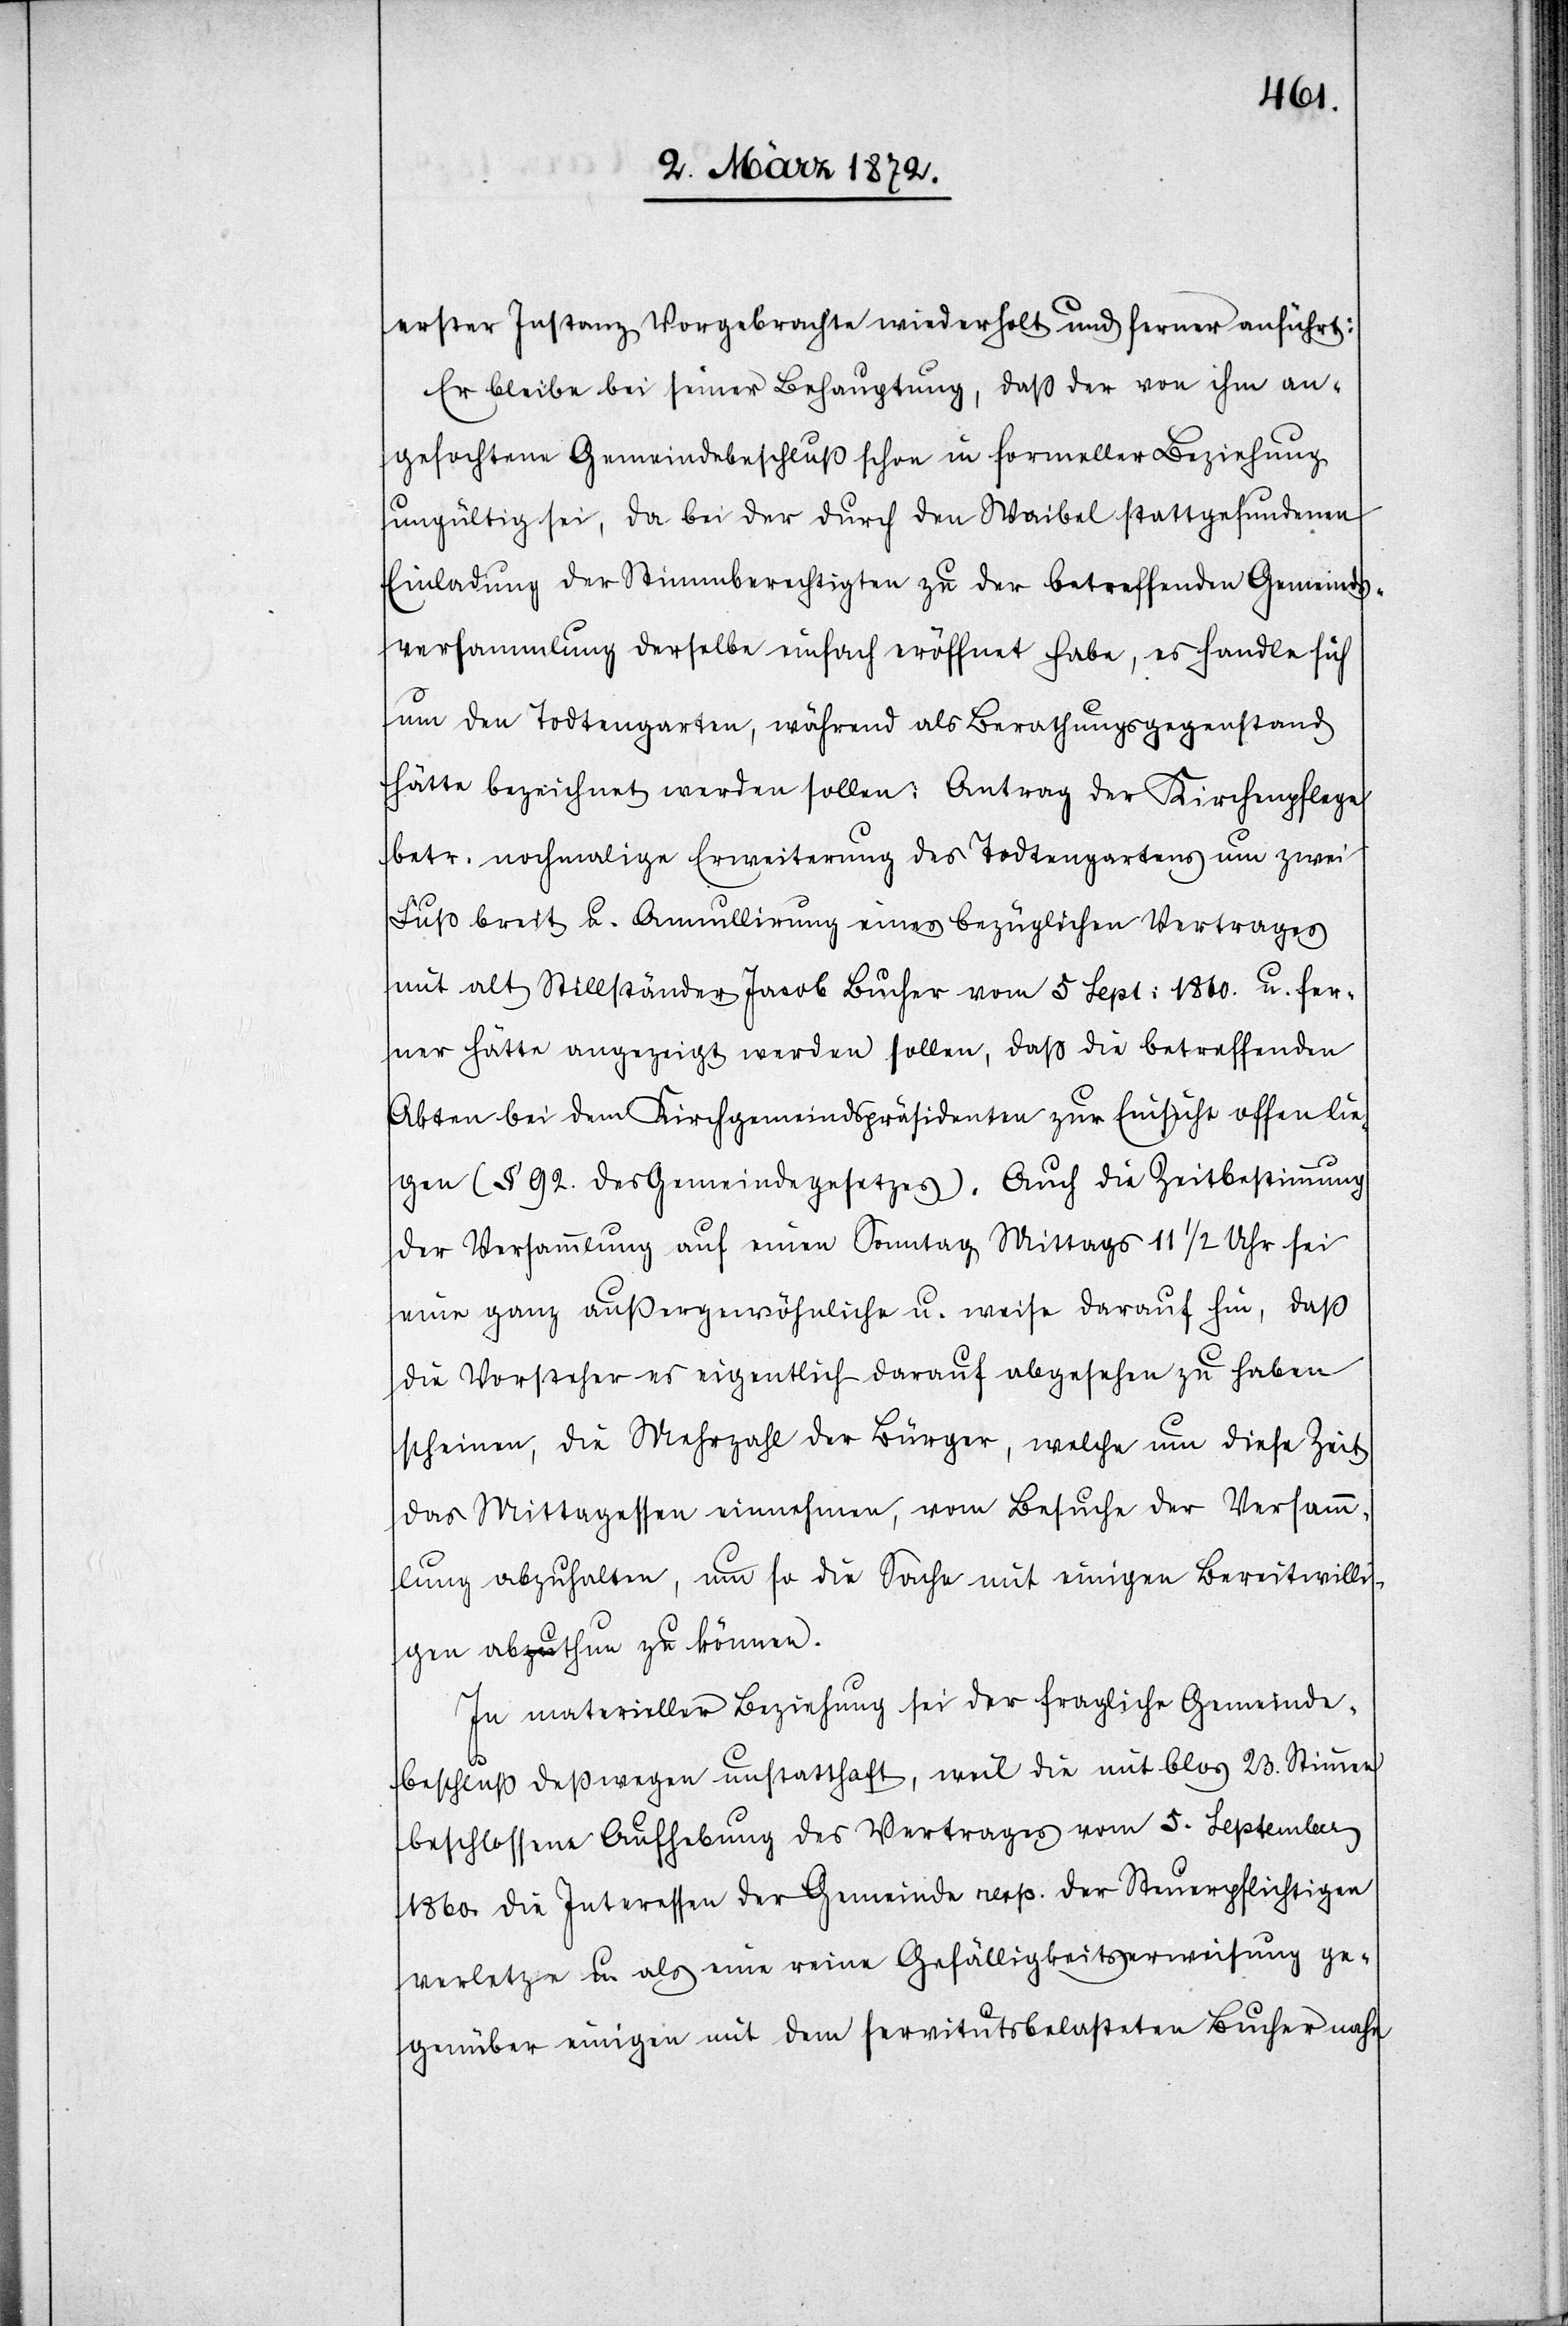
erster Instanz Vorgebrachte wiederholt und ferner anführt:
Er bleibe bei seiner Behauptung, daß der von ihm an¬
gefochtene Gemeindebeschluß schon in formeller Beziehung
ungültig sei, da bei der durch den Waibel stattgefundenen
Einladung der Stimmberechtigten zu der betreffenden Gemeinds¬
versammlung derselbe einfach eröffnet habe, es handle sich
um den Todtengarten, während als Berathungsgegenstand
hätte bezeichnet werden sollen: Antrag der Kirchenpflege
betr. nochmalige Erweiterung des Todtengartens um zwei
Fuß breit u. Annullirung eines bezüglichen Vertrages
mit alt Stillständer Jacob Bucher vom 5 Sept. 1860. u. fer¬
ner hätte angezeigt werden sollen, daß die betreffenden
Akten bei dem Kirchgemeindspräsidenten zur Einsicht offen lie¬
gen (§ 92. des Gemeindegesetzes). Auch die Zeitbestimmung
der Versammlung auf einen Sonntag Mittags 11 1/2 Uhr sei
eine ganz außergewöhnliche u. weise darauf hin, daß
die Vorsteher es eigentlich darauf abgesehen zu haben
scheinen, die Mehrzahl der Bürger, welche um diese Zeit
das Mittagessen einnehmen, vom Besuche der Versamm¬
lung abzuhalten, um so die Sache mit einigen Bereitwilli¬
gen abthun zu können.
In materieller Beziehung sei der fragliche Gemeinde¬
beschluß deßwegen unstatthaft, weil die mit blos 23. Stimmen
beschlossene Aufhebung des Vertrages vom 5. September
1860. die Interessen der Gemeinde resp. der Steuerpflichtigen
verletze u. als eine reine Gefälligkeitserweisung ge¬
genüber einigen mit dem servitutsbelasteten Bucher nahe